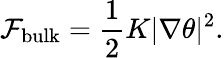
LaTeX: \mathcal{F}_{\mathrm{bulk}}=\frac{1}{2}K|\nabla\theta|^{2}.